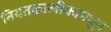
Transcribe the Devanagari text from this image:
नियतकालीकामधून